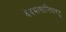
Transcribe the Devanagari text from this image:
वेदभाषानिघण्टु